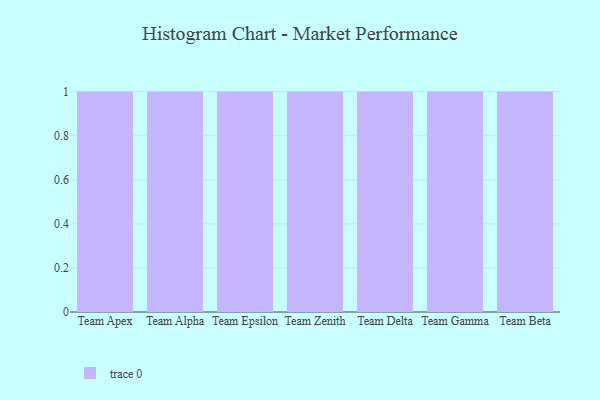
{"axis": {"x": "Team", "y": "Satisfaction Score"}, "legend": [""], "data": [{"x": "Team Apex", "y": 43, "type": ""}, {"x": "Team Alpha", "y": 16, "type": ""}, {"x": "Team Epsilon", "y": 1, "type": ""}, {"x": "Team Zenith", "y": 94, "type": ""}, {"x": "Team Delta", "y": 90, "type": ""}, {"x": "Team Gamma", "y": 15, "type": ""}, {"x": "Team Beta", "y": 95, "type": ""}]}